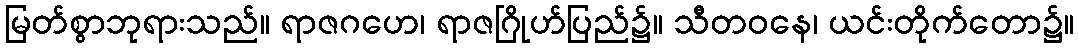
မြတ်စွာဘုရားသည်။ ရာဇဂဟေ၊ ရာဇဂြိုဟ်ပြည်၌။ သီတဝနေ၊ ယင်းတိုက်တော၌။